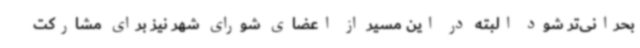
بحرانی‌تر شود البته در این مسیر از اعضای شورای شهر نیز برای مشارکت